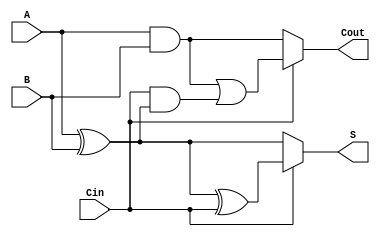
module ConditionalSumFullAdder (
    input wire A,      // First input bit
    input wire B,      // Second input bit
    input wire Cin,    // Carry-in bit
    output wire S,     // Sum output
    output wire Cout   // Carry-out output
);

// Internal signals for potential sums and carry-outs
wire S0;            // Sum when Cin = 0
wire S1;            // Sum when Cin = 1
wire C0;            // Carry-out when Cin = 0
wire C1;            // Carry-out when Cin = 1

// Compute potential sums
assign S0 = A ^ B;              // S0 = A  B
assign S1 = S0 ^ Cin;           // S1 = A  B  Cin

// Compute potential carry-outs
assign C0 = A & B;              // C0 = A AND B
assign C1 = (A & B) | (Cin & S0); // C1 = (A AND B) OR (Cin AND (A  B))

// Final output selection based on Cin
assign S = (Cin) ? S1 : S0;     // S = S1 if Cin = 1, else S0
assign Cout = (Cin) ? C1 : C0;   // Cout = C1 if Cin = 1, else C0

endmodule